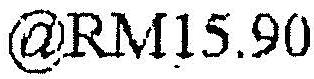
@RM15.90